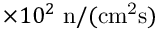
\times 1 0 ^ { 2 } \mathrm { ~ n / ( c m ^ { 2 } s ) }